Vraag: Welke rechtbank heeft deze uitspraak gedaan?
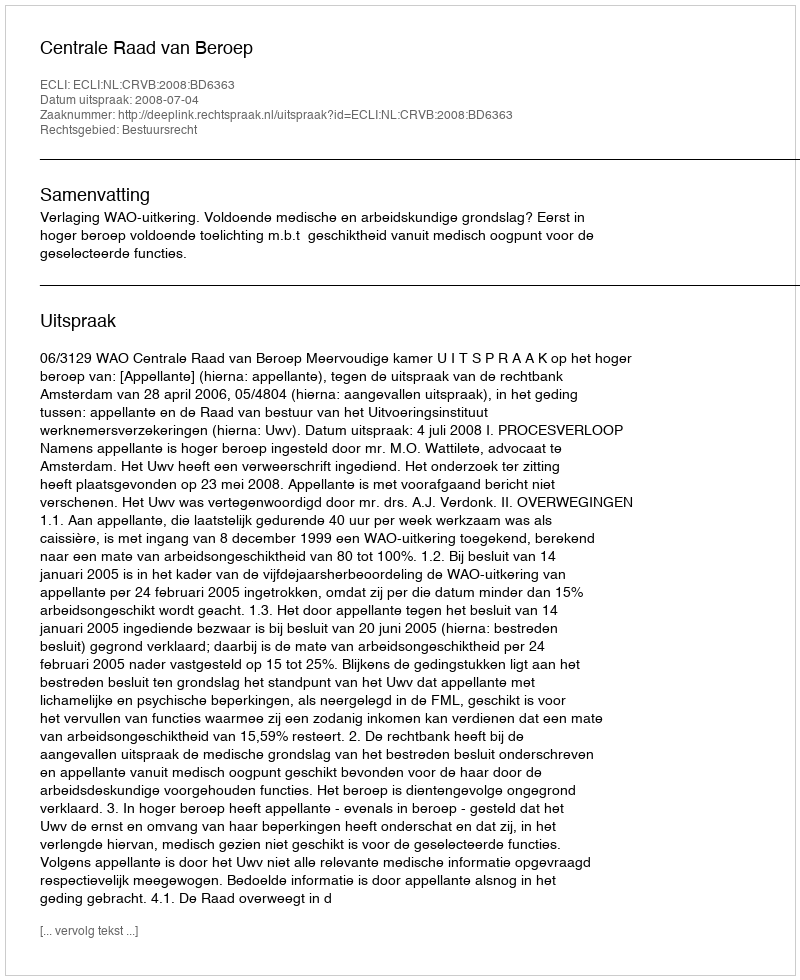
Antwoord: Centrale Raad van Beroep